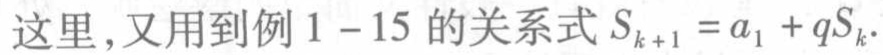
这里，又用到例 \(1 - 15\) 的关系式 \(S_{k + 1} = a_{1} + qS_{k}\).